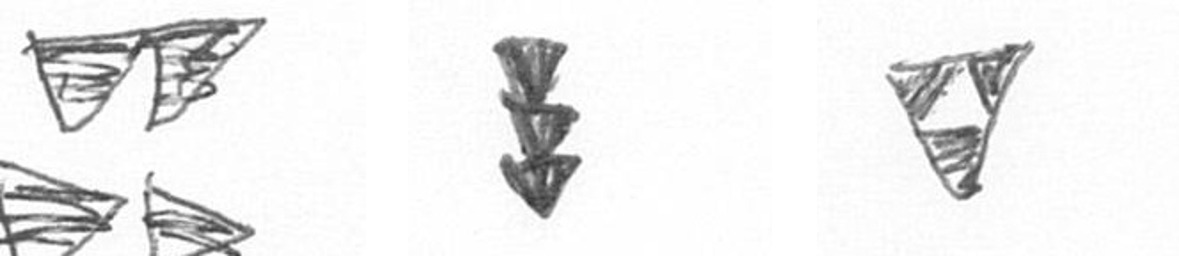
B E S